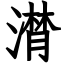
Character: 潸